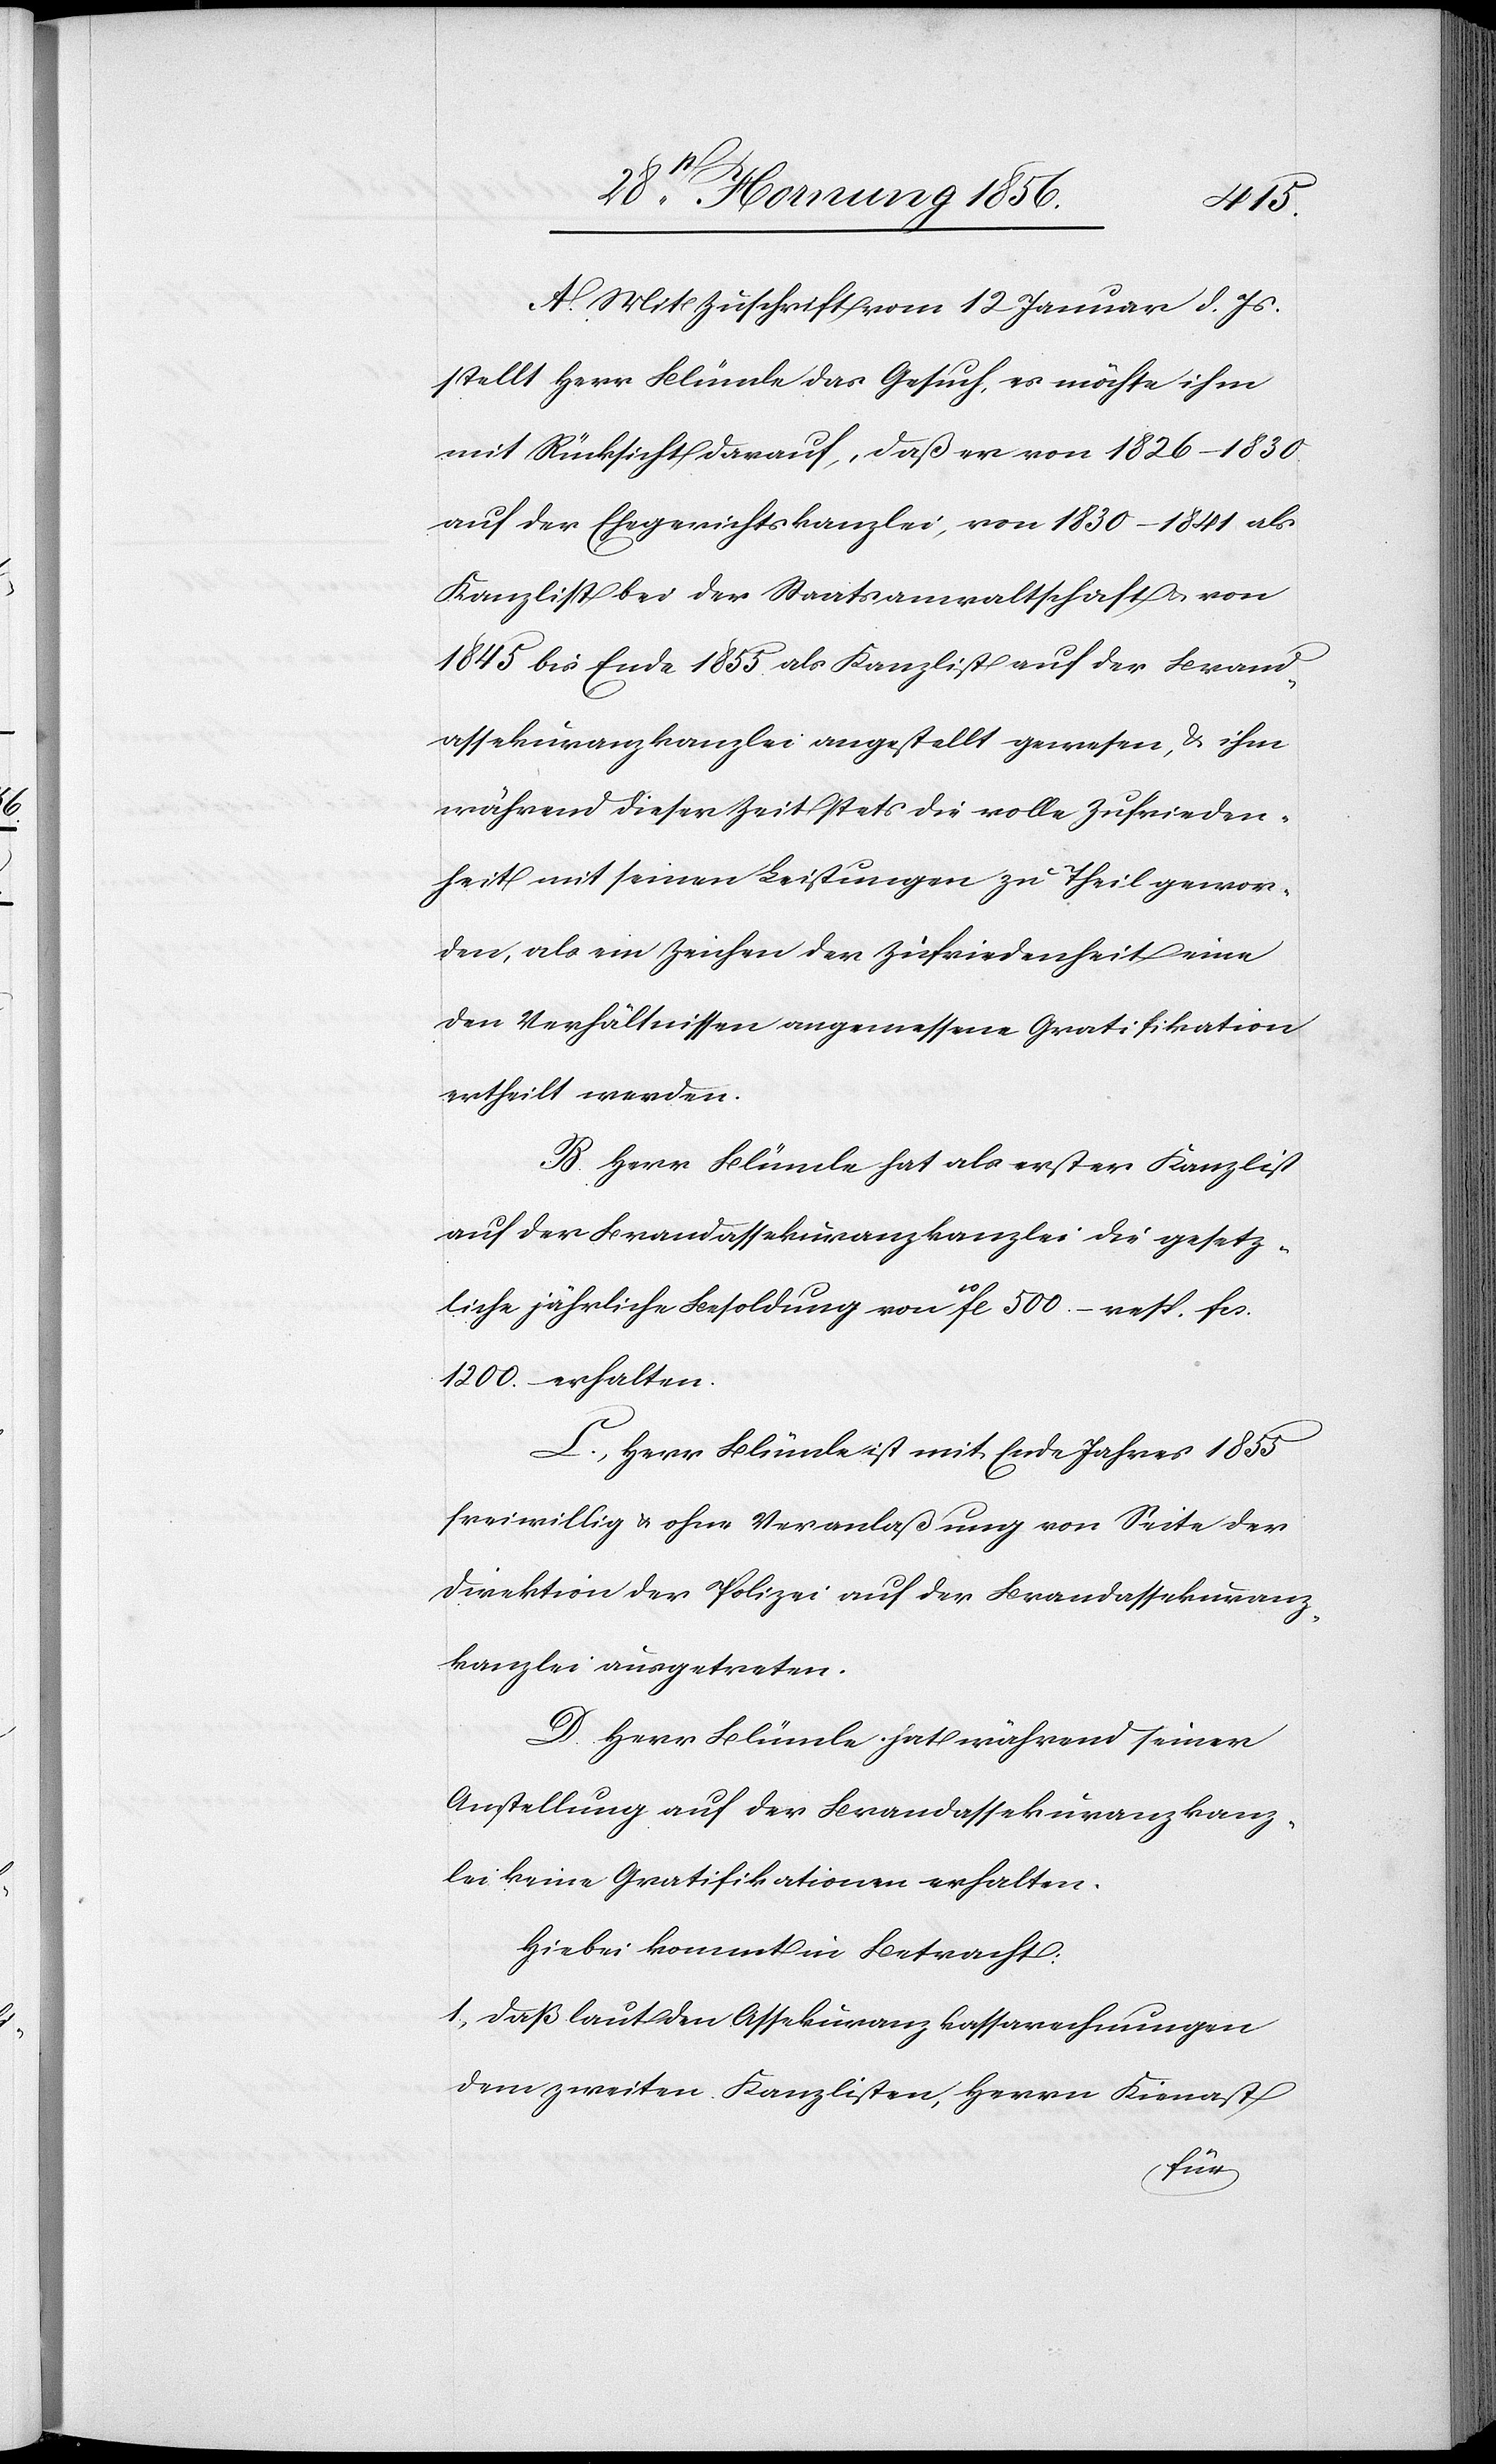
A. Mit Zuschrift vom 12 Januar d. Js.
stellt Herr Blümle das Gesuch, es möchte ihm
mit Rücksicht darauf, daß er von 1826–1830.
auf der Ehegerichtskanzlei, von 1830–1841 als
Kanzlist bei der Staatsanwaltschaft & von
1845 bis Ende 1855 als Kanzlist auf der Brand¬
assekuranzkanzlei angestellt gewesen, & ihm
während dieser Zeit stets die volle Zufrieden¬
heit mit seinen Leistungen zu Theil gewor¬
den, als ein Zeichen der Zufriedenheit eine
den Verhältnissen angemessene Gratifikation
ertheilt werden.
B. Herr Blümle hat als erster Kanzlist
auf der Brandassekuranzkanzlei die gesetz¬
liche jährliche Besoldung von 10fl. 500.– reps. fcs.
1200.– erhalten.
C., Herr Blümle ist mit Ende Jahres 1855
freiwillig & ohne Veranlaßung von Seite der
Direktion der Polizei auf der Brandassekuranz¬
kanzlei ausgetreten.
D. Herr Blümle hat während seiner
Anstellung auf der Brandassekuranzkanz¬
lei keine Gratifikationen erhalten.
Hiebei kommt in Betracht:
1., Daß laut den Assekuranzkassarechnungen
dem zweiten Kanzlisten, Herrn Kienast